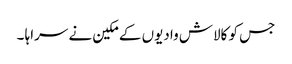
جس کو کالاش وادیوں کے مکین نے سراہا ۔